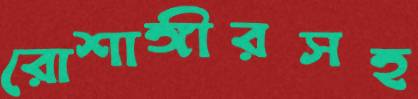
রোশাঙ্গীরসহ